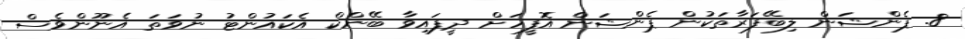
8. ޕެންޝަން ލިބޭފަރާތަކުން ޕެންޝަން އޮފީހަށް ދީފައިވާ ބޭންކް އެކައުންޓު ނުވަތަ އެނޫންވެސް